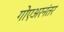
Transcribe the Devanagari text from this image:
गोएअरनंतर